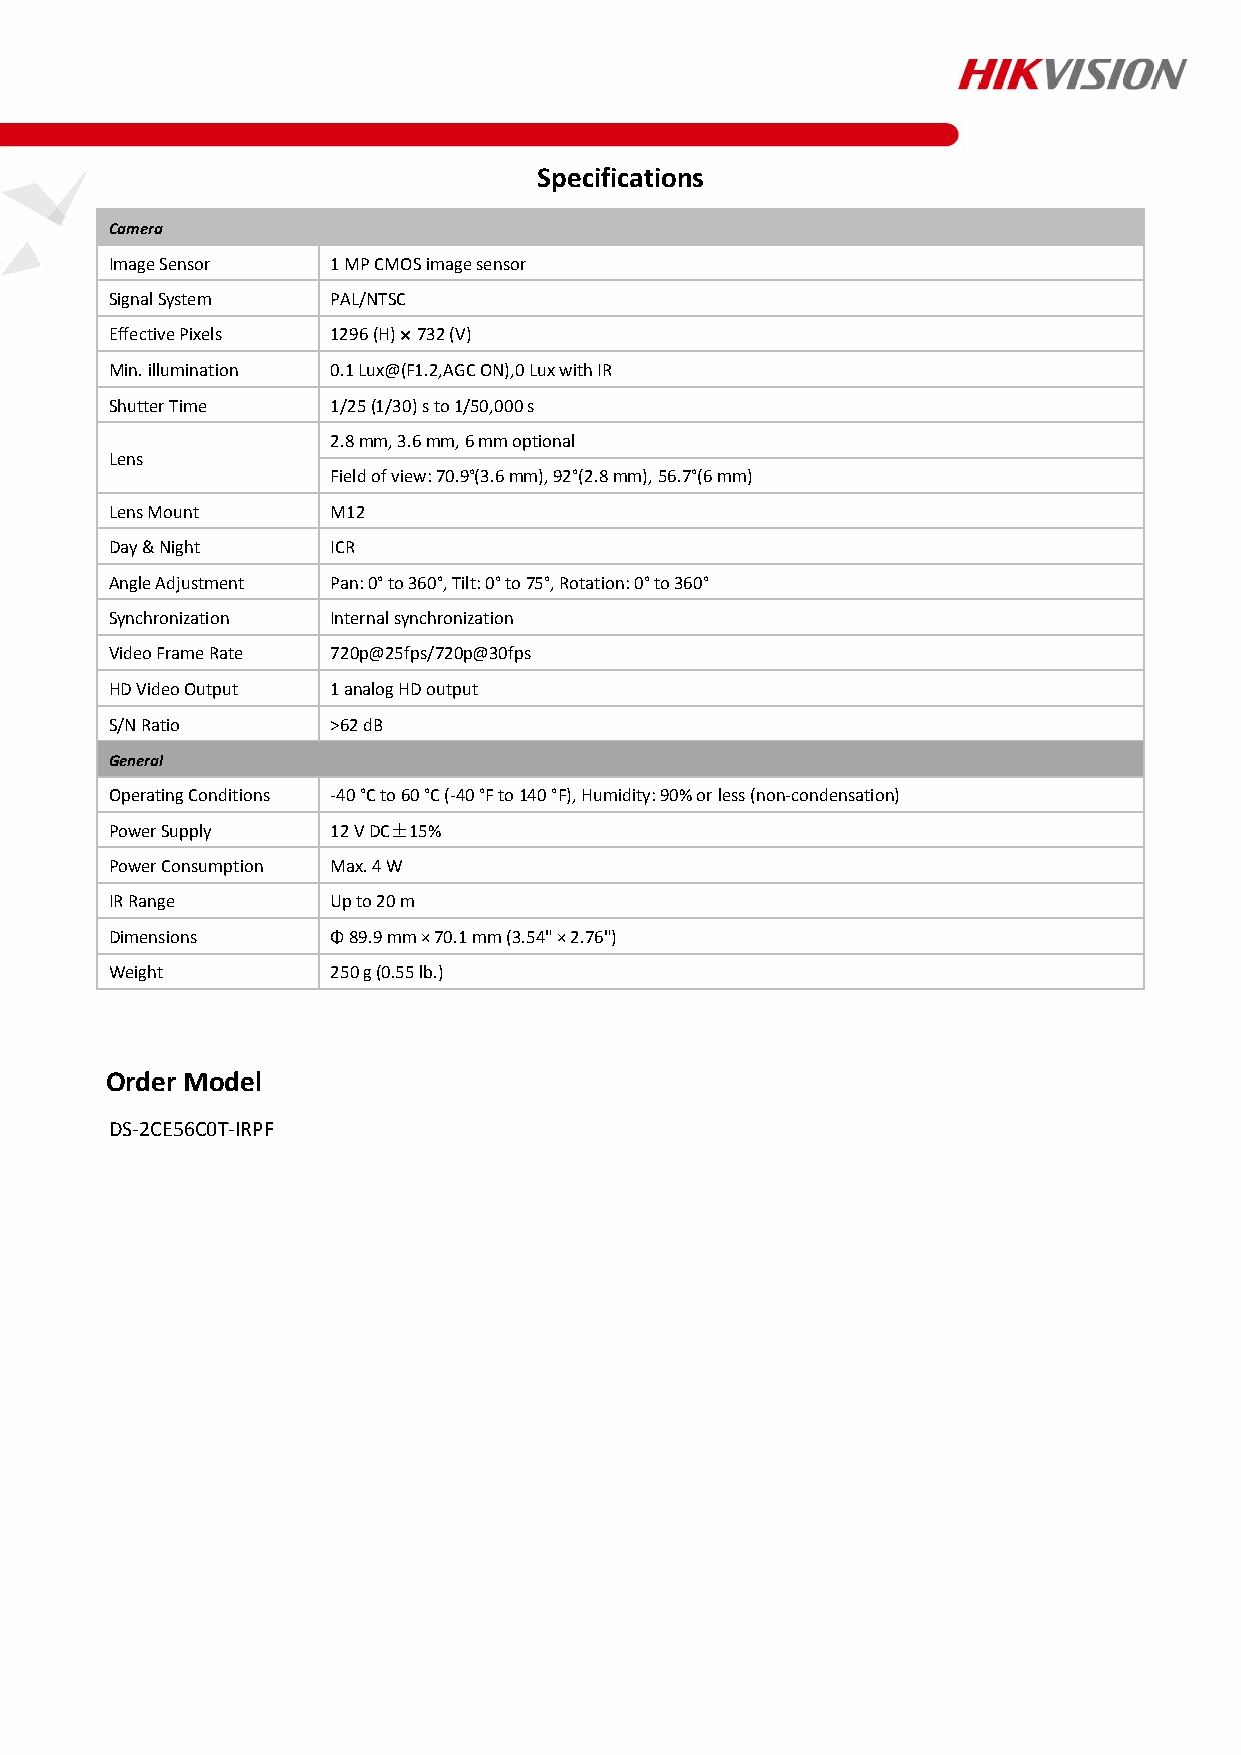
Specifications
 Camera
 Image Sensor   1 MP CMOS image sensor
 Signal System  PAL/NTSC
 Effective Pixels 1296 (H) × 732 (V)
 Min. illumination 0.1 Lux@(F1.2,AGC ON),0 Lux with IR
 Shutter Time   1/25 (1/30) s to 1/50,000 s
 2.8 mm, 3.6 mm, 6 mm optional
 Lens
 Field of view: 70.9°(3.6 mm), 92°(2.8 mm), 56.7°(6 mm)
 Lens Mount     M12
 Day & Night    ICR
 Angle Adjustment Pan: 0° to 360°, Tilt: 0° to 75°, Rotation: 0° to 360°
 Synchronization Internal synchronization
 Video Frame Rate 720p@25fps/720p@30fps
 HD Video Output 1 analog HD output
 S/N Ratio      >62 dB
 General
 Operating Conditions -40 °C to 60 °C (-40 °F to 140 °F), Humidity: 90% or less (non-condensation)
 Power Supply   12 V DC±15%
 Power Consumption Max. 4 W
 IR Range       Up to 20 m
 Dimensions     Φ 89.9 mm × 70.1 mm (3.54" × 2.76")
 Weight         250 g (0.55 lb.)
 Order Model
 DS-2CE56C0T-IRPF